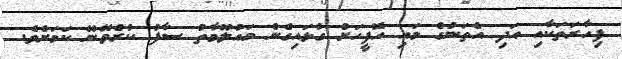
ފިހާރަތަކާއި އަދި އެތަނުގެ މައި އޮފީހަށް ގުޅައިގެން މައުލޫމާތު ސާފު ކުރެވޭނޭ ކަމަށެވެ.